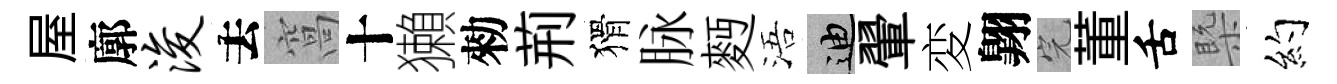
屋廓浚去窩十獺勑荊猾脉麪浯迪翬変翺完董舌槩约